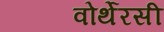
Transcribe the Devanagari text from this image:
वोर्थेरसी